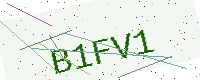
Text: B1FV1